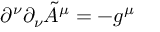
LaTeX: \partial ^ { \nu } \partial _ { \nu } \tilde { A } ^ { \mu } = - g ^ { \mu }